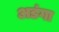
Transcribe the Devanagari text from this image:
अडंगा